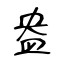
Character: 盎